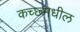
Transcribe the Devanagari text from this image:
कच्छ्मधील